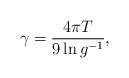
\begin{align*}\gamma=\frac{4\pi T}{9\ln g^{-1}},\end{align*}